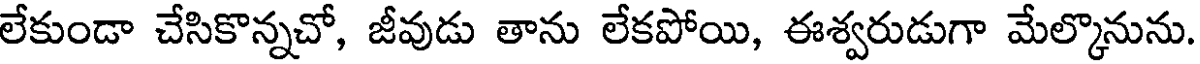
లేకుండా చేసికొన్నచో, జీవుడు తాను లేకపోయి, ఈశ్వరుడుగా మేల్కొనును.